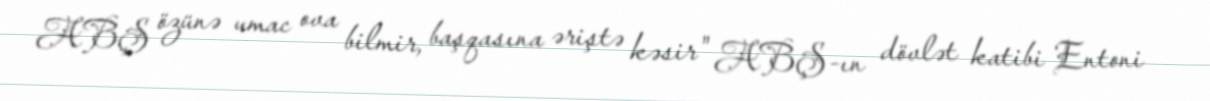
ABŞ özünə umac ova bilmir, başqasına əriştə kəsir" ABŞ-ın dövlət katibi Entoni